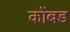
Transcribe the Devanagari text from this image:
कोंबड